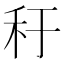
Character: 䄨